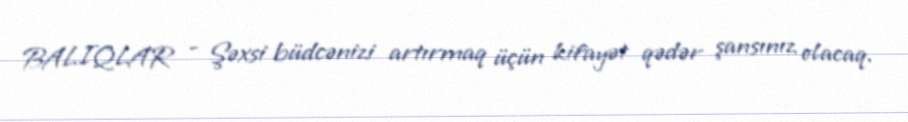
BALIQLAR - Şəxsi büdcənizi artırmaq üçün kifayət qədər şansınız olacaq.